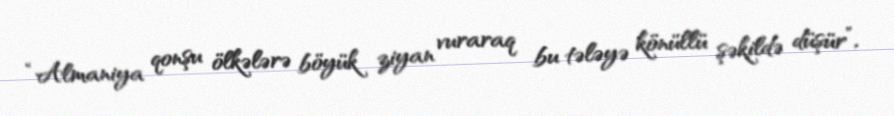
“Almaniya qonşu ölkələrə böyük ziyan vuraraq bu tələyə könüllü şəkildə düşür”,